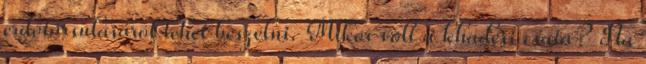
erdőtársulásáról lehet beszélni. Mikor volt a khadesi csata? Na